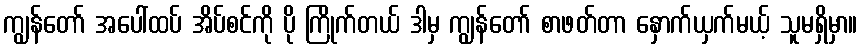
ကျွန်တော် အပေါ်ထပ် အိပ်စင်ကို ပို ကြိုက်တယ် ဒါမှ ကျွန်တော် စာဖတ်တာ နှောက်ယှက်မယ့် သူမရှိမှာ။